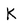
Character: K